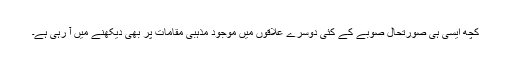
کچھ ایسی ہی صورتحال صوبے کے کئی دوسرے علاقوں میں موجود مذہبی مقامات پر بھی دیکھنے میں آ رہی ہے۔